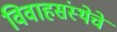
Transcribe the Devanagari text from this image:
विवाहसंस्थेचे